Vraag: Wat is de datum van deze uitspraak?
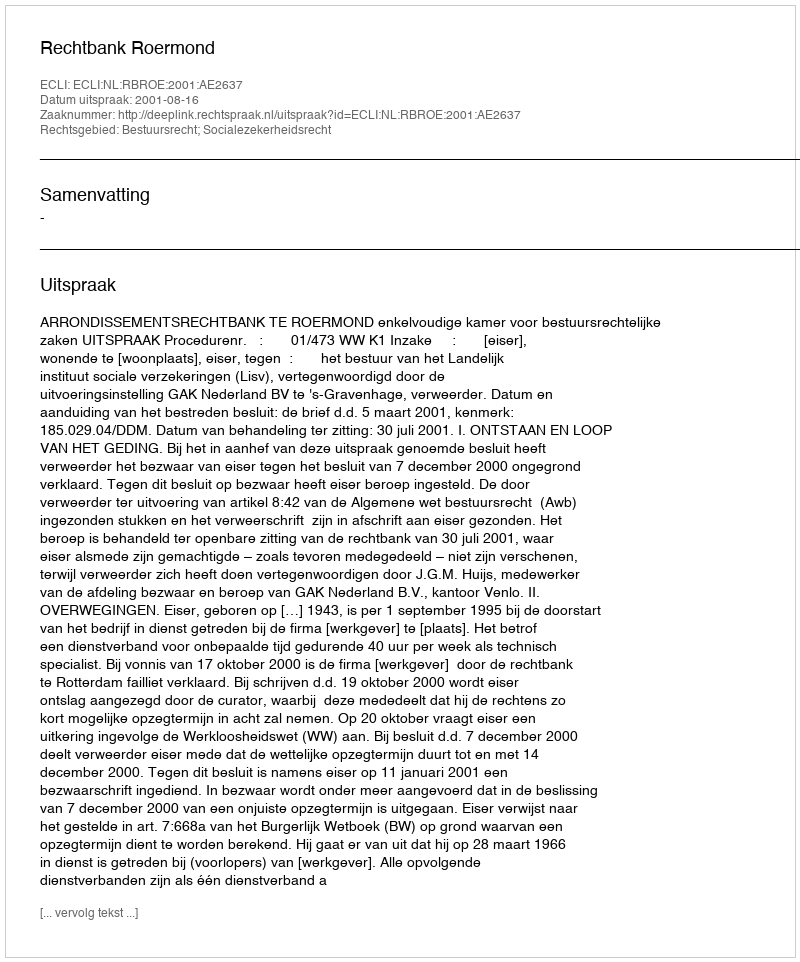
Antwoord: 2001-08-16